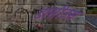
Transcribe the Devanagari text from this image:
डांसीउस